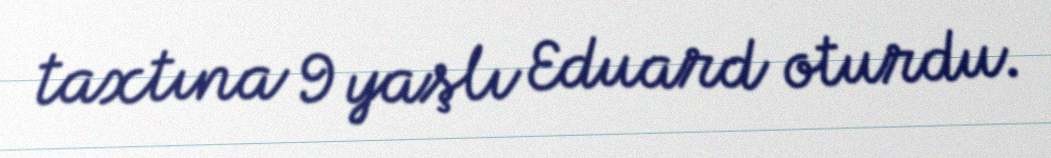
taxtına 9 yaşlı Eduard oturdu.